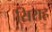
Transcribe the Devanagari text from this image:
सिराह